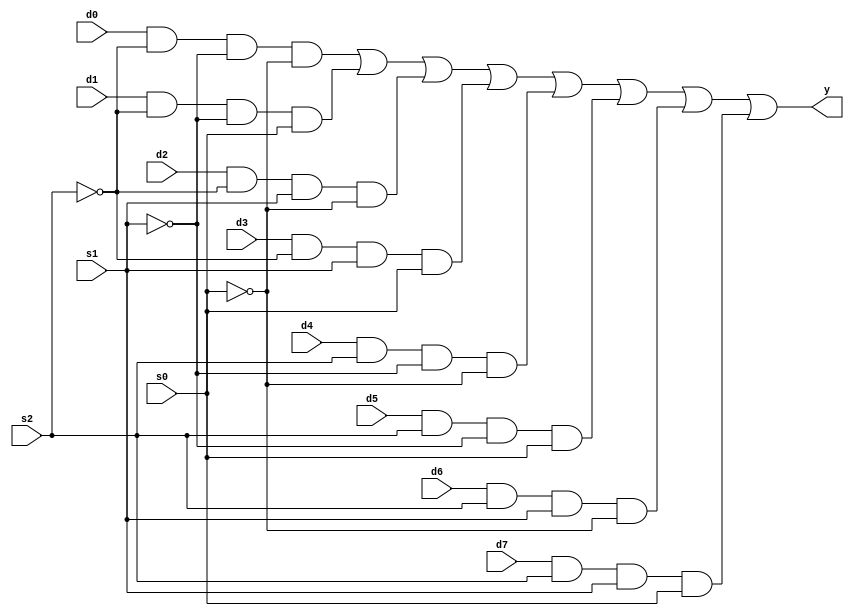
module MUX_81_dig(
    input s0, input s1, input s2,
    input d0, input d1, input d2, input d3, input d4, input d5, input d6, input d7,
    output y
    );
    assign y = (d0&~s2&~s1&~s0) | (d1&~s2&~s1&s0)| (d2&~s2&s1&~s0)| (d3&~s2&s1&s0)
                | (d4&s2&~s1&~s0)| (d5&s2&~s1&s0)| (d6&s2&s1&~s0)| (d7&s2&s1&s0);
endmodule